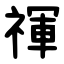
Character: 禈